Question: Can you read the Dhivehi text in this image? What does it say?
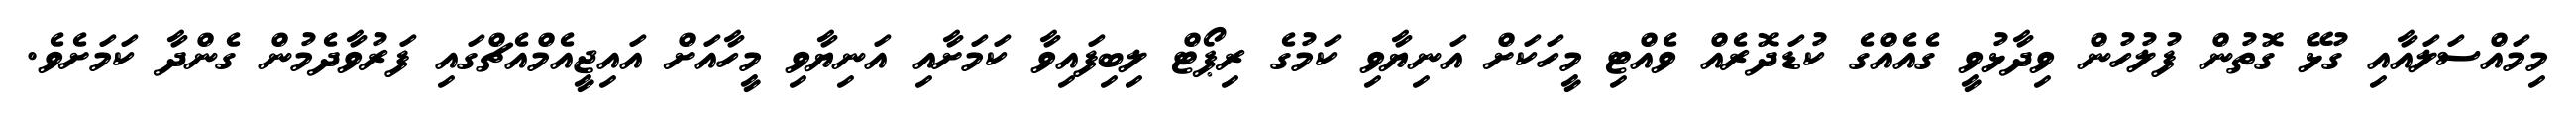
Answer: މިމައްސަލައާއި ގުޅޭ ގޮތުން ފުލުހުން ވިދާޅުވީ ގެއެއްގެ ކުޑަދޮރެއް ވެއްޓި މީހަކަށް އަނިޔާވި ކަމުގެ ރިޕޯޓް ލިބިފައިވާ ކަމަށާއި އަނިޔާވި މީހާއަށް އައިޖީއެމްއެޗްގައި ފަރުވާދެމުން ގެންދާ ކަމަށެވެ.